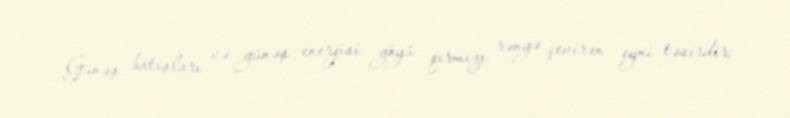
Günəş batışları və günəş enerjisi göyü qırmızı rəngə çevirən eyni təsirdir;